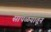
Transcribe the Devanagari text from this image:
सापळयातून